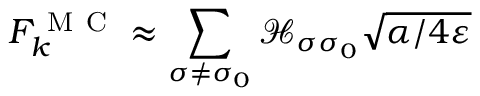
F _ { k } ^ { \mathrm { ~ M ~ C ~ } } \approx \sum _ { \sigma \neq \sigma _ { 0 } } \mathcal { H } _ { \sigma \sigma _ { 0 } } \sqrt { \alpha / 4 \varepsilon }